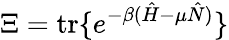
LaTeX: \Xi=\mathrm{tr}\{ e^{-\beta(\hat{H}-\mu\hat{N})}\}